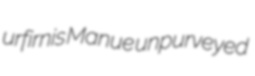
urfirnis Manue unpurveyed